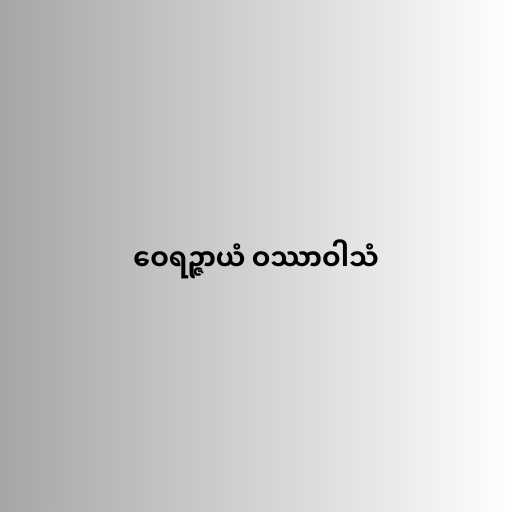
ဝေရဉ္ဇာယံ ဝဿာဝါသံ